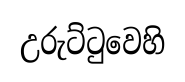
උරුට්ටුවෙහි